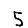
Digit: 5